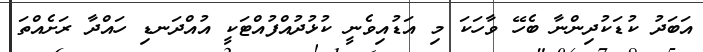
އަބަދު ކުޑަކުދިންނާ ބެހޭ ވާހަކަ މި އަޑުއިވެނީ ކުޅުދުއްފުއްޓަކީ އުއްދަނޑި ހައްދާ ރަށެއްތަ